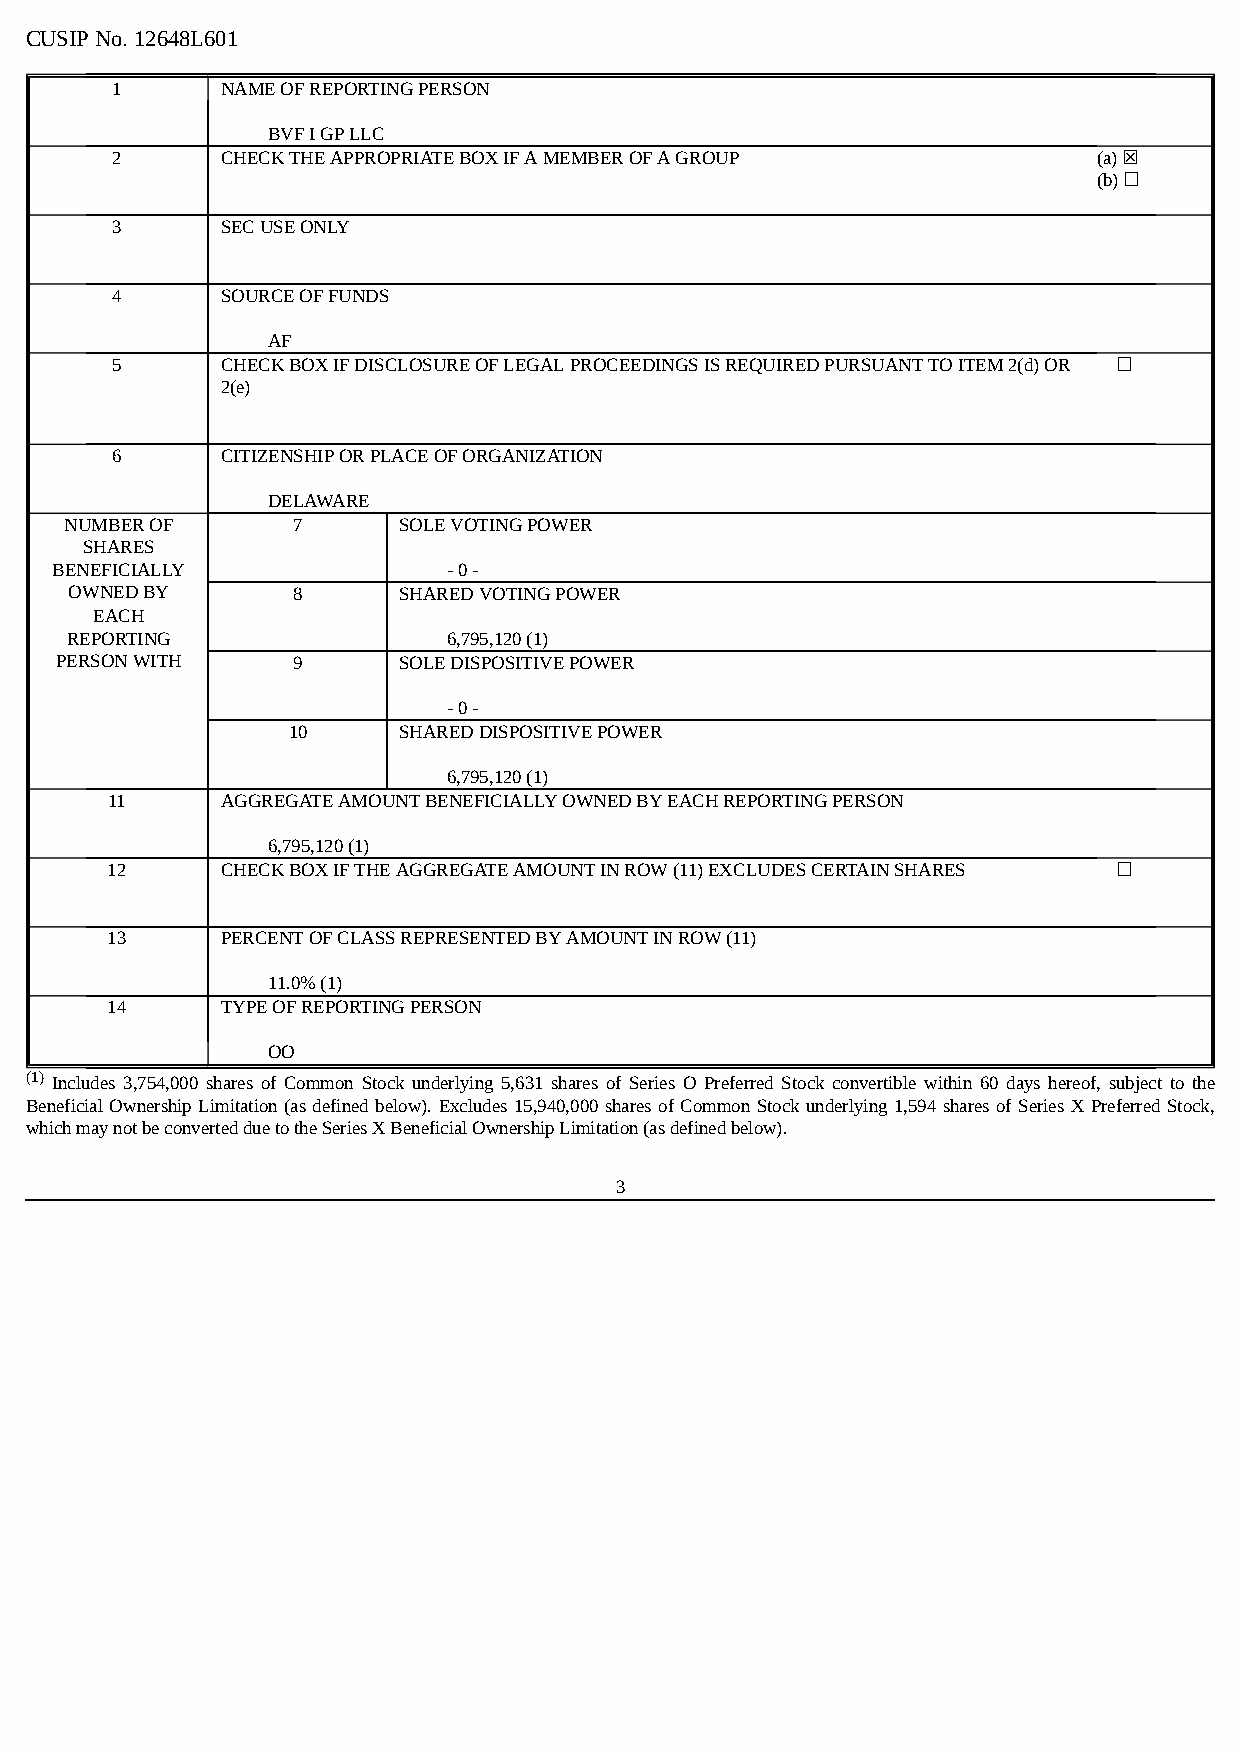
CUSIP No. 12648L601
 1       NAME OF REPORTING PERSON
 BVF I GP LLC
 2       CHECK THE APPROPRIATE BOX IF A MEMBER OF A GROUP          (a) ☒
 (b) ☐
 3       SEC USE ONLY
 4       SOURCE OF FUNDS
 AF
 5       CHECK BOX IF DISCLOSURE OF LEGAL PROCEEDINGS IS REQUIRED PURSUANT TO ITEM 2(d) OR ☐
 2(e)
 6       CITIZENSHIP OR PLACE OF ORGANIZATION
 DELAWARE
 NUMBER OF      7      SOLE VOTING POWER
 SHARES
 BENEFICIALLY               - 0 -
 OWNED BY      8      SHARED VOTING POWER
 EACH
 REPORTING                 6,795,120 (1)
 PERSON WITH    9      SOLE DISPOSITIVE POWER
 - 0 -
 10     SHARED DISPOSITIVE POWER
 6,795,120 (1)
 11      AGGREGATE AMOUNT BENEFICIALLY OWNED BY EACH REPORTING PERSON
 6,795,120 (1)
 12      CHECK BOX IF THE AGGREGATE AMOUNT IN ROW (11) EXCLUDES CERTAIN SHARES ☐
 13      PERCENT OF CLASS REPRESENTED BY AMOUNT IN ROW (11)
 11.0% (1)
 14      TYPE OF REPORTING PERSON
 OO
 (1) Includes 3,754,000 shares of Common Stock underlying 5,631 shares of Series O Preferred Stock convertible within 60 days hereof, subject to the
 Beneficial Ownership Limitation (as defined below). Excludes 15,940,000 shares of Common Stock underlying 1,594 shares of Series X Preferred Stock,
 which may not be converted due to the Series X Beneficial Ownership Limitation (as defined below).
 3